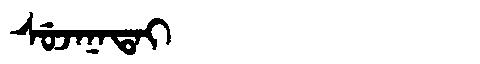
Manchu: ᠰᡠᠵᠠᠨᠠᡨᠠᡳ
Romanization: SUJANATAI